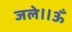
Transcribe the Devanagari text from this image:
जले॥ॐ